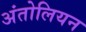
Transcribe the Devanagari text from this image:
अंतोलियन